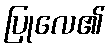
ပြုလေ၏